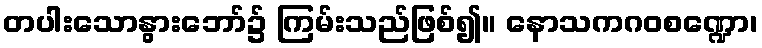
တပါးသောနွားဘော်၌ ကြမ်းသည်ဖြစ်၍။ နောသကဂဝစဏ္ဍော၊